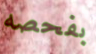
بفحصه